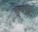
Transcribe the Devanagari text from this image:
इंपोर्ट